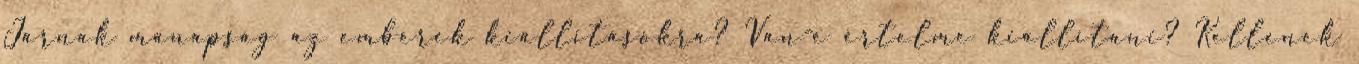
Járnak manapság az emberek kiállításokra? Van-e értelme kiállítani? Kellenek